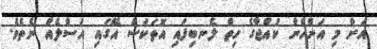
އަށް މި އަންހެން ކުއްޖާގެ ހިތް ލެނބިފައި އޮތަކަސް އޭގައި އަސްލެއް ނެތެވެ.